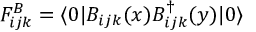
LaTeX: F _ { i j k } ^ { B } = \langle 0 | B _ { i j k } ( x ) B _ { i j k } ^ { \dag } ( y ) | 0 \rangle